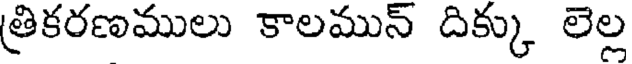
త్రికరణములు కాలమున్ దిక్కు లెల్ల